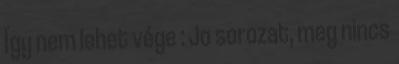
Így nem lehet vége : Jo sorozat, meg nincs